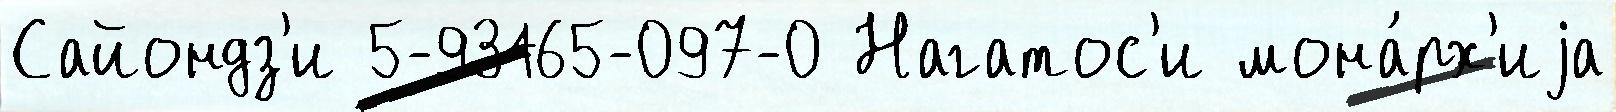
Сайондз'и 5-93165-097-0 Нагатос'и мона́рх'иjа